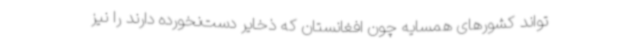
‌تواند کشورهای همسایه چون افغانستان که ذخایر دست‌نخورده دارند را نیز